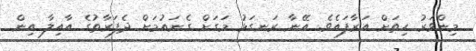
މިންވަރު ހިތަށް އަރާފައެވެ. އޭނާ ރަނގަޅު މަގަށް ގެނައުމަށް ދެފަރާތުގެ އާއިލާ އިން